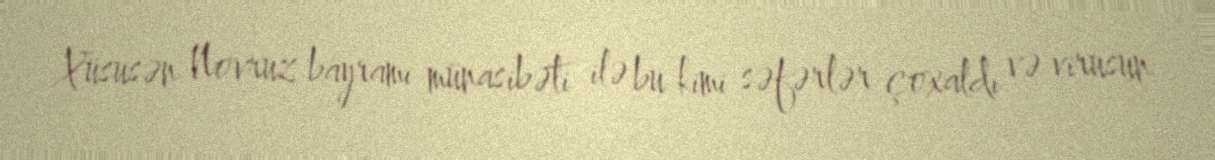
Xüsusən Novruz bayramı münasibəti ilə bu kimi səfərlər çoxaldı və virusun